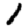
Digit: 1